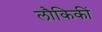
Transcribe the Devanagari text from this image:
लौकिकीं